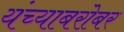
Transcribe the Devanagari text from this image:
यंच्याबरोबर